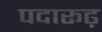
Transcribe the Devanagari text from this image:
पदारूढ़